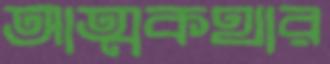
আত্মকথার